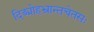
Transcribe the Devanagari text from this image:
दिङ्मोहभ्रान्तचेतसः